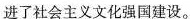
进了社会主义文化强国建设。